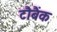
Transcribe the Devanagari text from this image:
टौबैंक